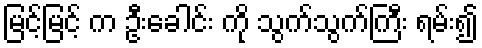
မြင့်မြင့် က ဦးခေါင်း ကို သွက်သွက်ကြီး ရမ်း၍